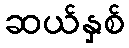
ဆယ်နှစ်